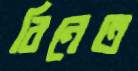
বিনেত